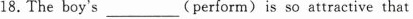
18.The boy's ___(perform) is so attractive that